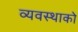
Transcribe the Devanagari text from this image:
व्यवस्थाको